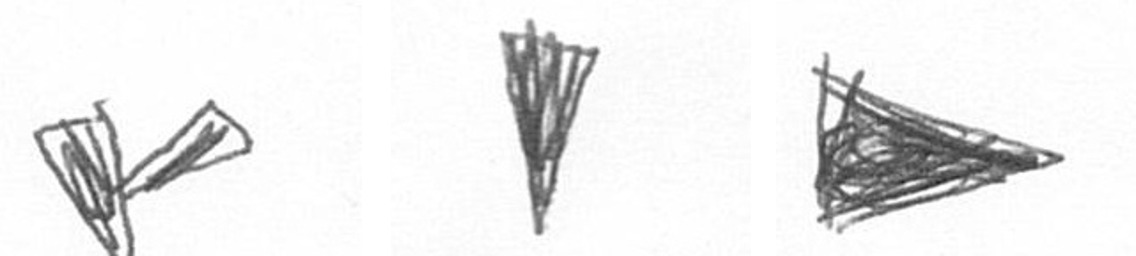
F J T